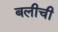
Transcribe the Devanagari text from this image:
बलीची